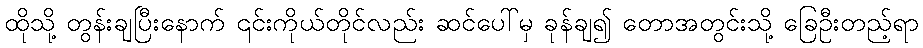
ထိုသို့ တွန်းချပြီးနောက် ၎င်းကိုယ်တိုင်လည်း ဆင်ပေါ်မှ ခုန်ချ၍ တောအတွင်းသို့ ခြေဦးတည့်ရာ